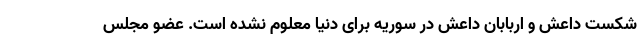
شکست داعش و اربابان داعش در سوریه برای دنیا معلوم نشده است. عضو مجلس